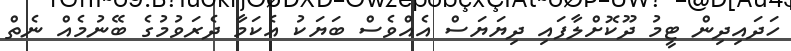
ހަދައިދިން ޓީމު ދޫކޮށްލާފައި ދިޔަޔަސް އެއްވެސް ބަޔަކު އެކަމާ ދެރަވުމުގެ ބޭނުމެއް ނެތް